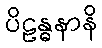
ပိဠန္ဓနာနိ